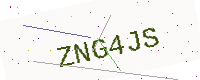
Text: ZNG4JS